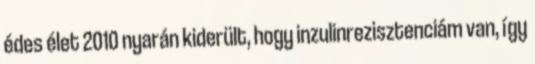
édes élet 2010 nyarán kiderült, hogy inzulinrezisztenciám van, így